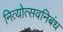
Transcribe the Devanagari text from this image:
नित्योत्सवनिबंध